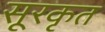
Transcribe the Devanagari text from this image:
सूरकृत